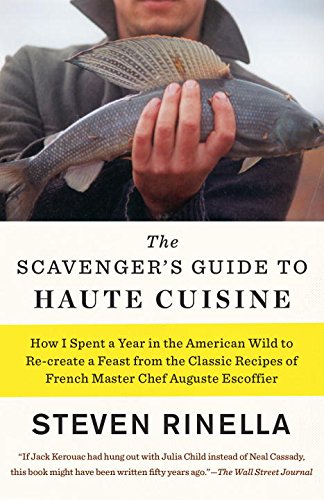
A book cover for The Scavenger's Guide to Haute Cuisine: How I Spent a Year in the American Wild to Re-create a Feast from the Classic Recipes of French Master Chef Auguste Escoffier; Steven Rinella; Cookbooks, Food & Wine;